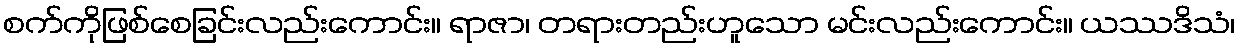
စက်ကိုဖြစ်စေခြင်းလည်းကောင်း။ ရာဇာ၊ တရားတည်းဟူသော မင်းလည်းကောင်း။ ယဿဒိသံ၊